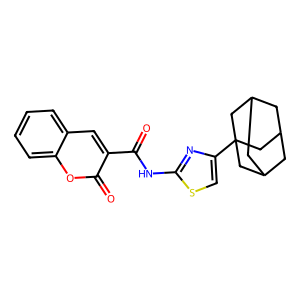
SMILES: O=C(Nc1nc(C23CC4CC(CC(C4)C2)C3)cs1)c1cc2ccccc2oc1=O
Inhibits HIV replication: No